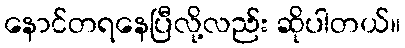
နောင်တရနေပြီလို့လည်း ဆိုပါတယ်။